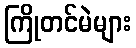
ကြိုတင်မဲများ